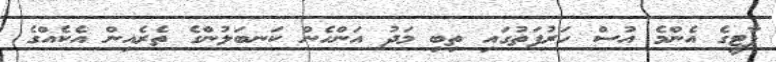
ޕާޓީގެ އެންމެ އުސް ހަރުފަތުގައި ތިބި މަދު އަންހެން ކަނބަލުންގެ ތެރެއިން އެކެއްގެ